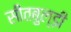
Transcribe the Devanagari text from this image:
सीतबुल्ड़ी